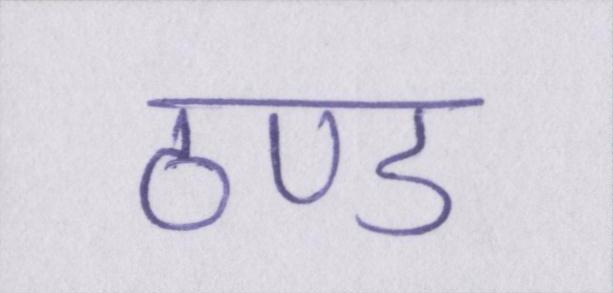
ठण्ड